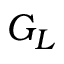
G _ { L }